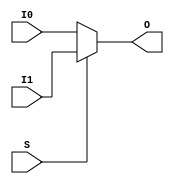
`timescale 1ns/1ps

module MUXF7 (output O, input I0, input I1, input S);
	assign O = (S)? I1 : I0;
endmodule